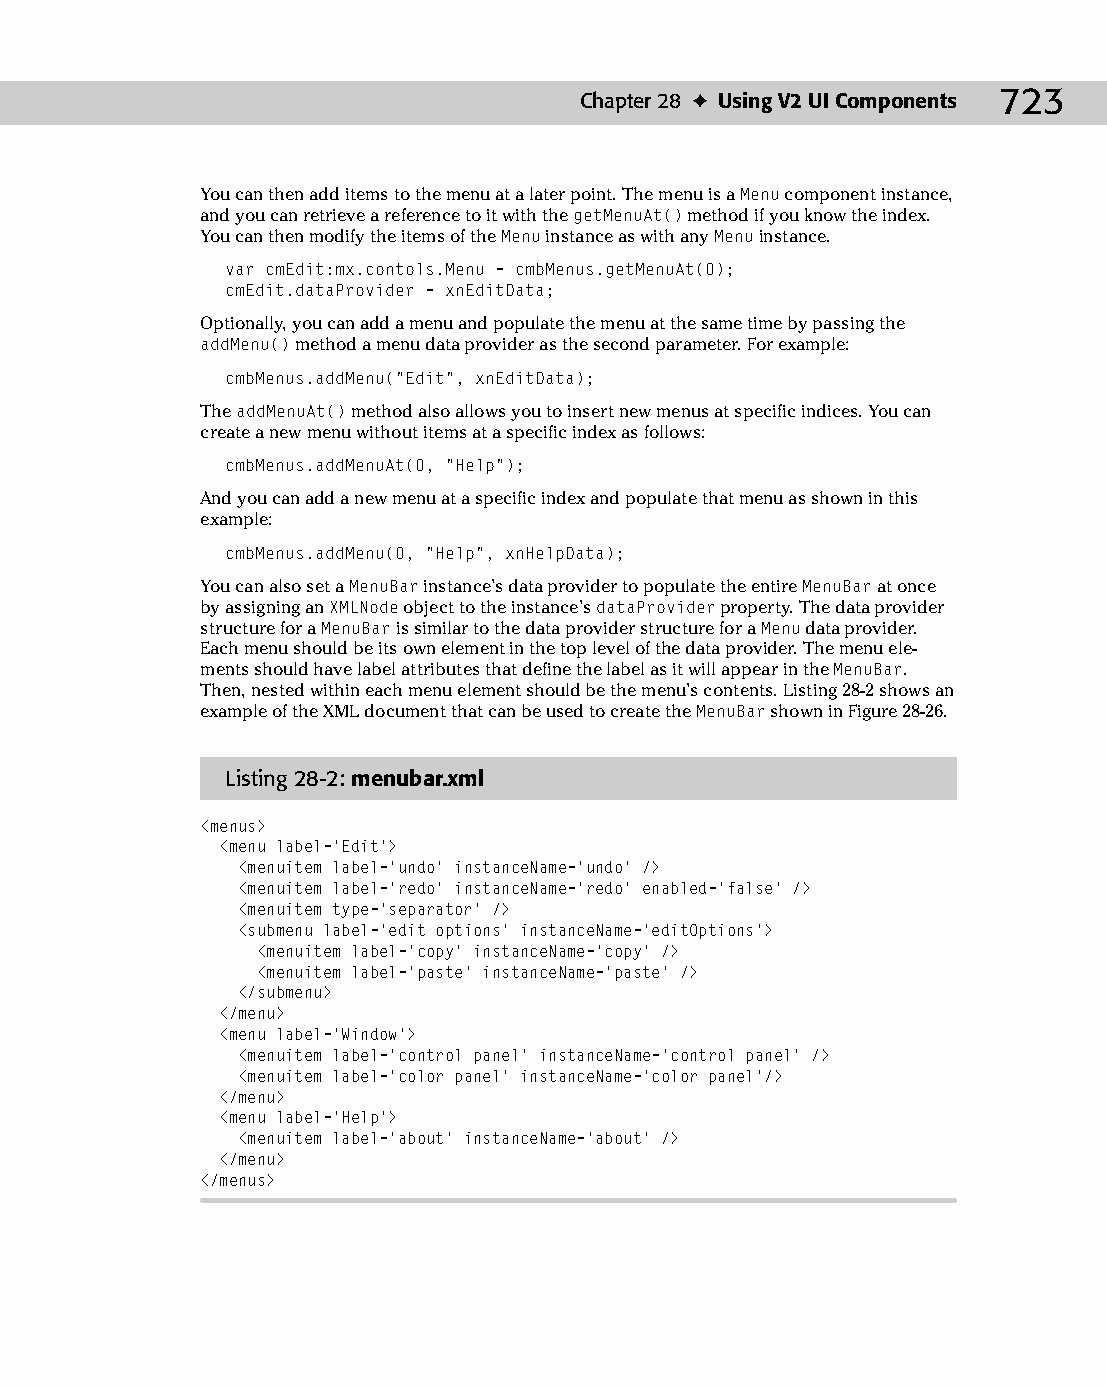
37 543547 ch28.qxd 3/24/04 4:08 PM Page 723
 Chapter 28 ✦ Using V2 UI Components 723
 You can then add items to the menu at a later point. The menu is a Menu component instance,
 and you can retrieve a reference to it with the getMenuAt() method if you know the index.
 You can then modify the items of the Menu instance as with any Menu instance.
 var cmEdit:mx.contols.Menu = cmbMenus.getMenuAt(0);
 cmEdit.dataProvider = xnEditData;
 Optionally, you can add a menu and populate the menu at the same time by passing the
 addMenu() method a menu data provider as the second parameter. For example:
 cmbMenus.addMenu(“Edit”, xnEditData);
 The addMenuAt() method also allows you to insert new menus at specific indices. You can
 create a new menu without items at a specific index as follows:
 cmbMenus.addMenuAt(0, “Help”);
 And you can add a new menu at a specific index and populate that menu as shown in this
 example:
 cmbMenus.addMenu(0, “Help”, xnHelpData);
 You can also set a MenuBar instance’s data provider to populate the entire MenuBar at once
 by assigning an XMLNode object to the instance’s dataProvider property. The data provider
 structure for a MenuBar is similar to the data provider structure for a Menu data provider.
 Each menu should be its own element in the top level of the data provider. The menu ele­
 ments should have label attributes that define the label as it will appear in the MenuBar.
 Then, nested within each menu element should be the menu’s contents. Listing 28-2 shows an
 example of the XML document that can be used to create the MenuBar shown in Figure 28-26.
 Listing 28-2: menubar.xml
 <menus>
 <menu label=’Edit’>
 <menuitem label=’undo’ instanceName=’undo’ />
 <menuitem label=’redo’ instanceName=’redo’ enabled=’false’ />
 <menuitem type=’separator’ />
 <submenu label=’edit options’ instanceName=’editOptions’>
 <menuitem label=’copy’ instanceName=’copy’ />
 <menuitem label=’paste’ instanceName=’paste’ />
 </submenu>
 </menu>
 <menu label=’Window’>
 <menuitem label=’control panel’ instanceName=’control panel’ />
 <menuitem label=’color panel’ instanceName=’color panel’/>
 </menu>
 <menu label=’Help’>
 <menuitem label=’about’ instanceName=’about’ />
 </menu>
 </menus>